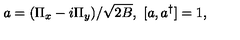
a = ( \Pi _ { x } - i \Pi _ { y } ) / \sqrt { 2 B } , \ [ a , a ^ { \dagger } ] = 1 ,